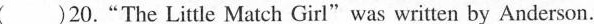
( )20."The Little Match Girl"was written by Anderson.